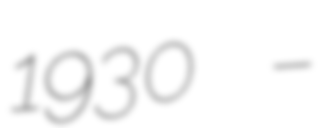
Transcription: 1930 –